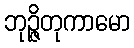
ဘုဉ္ဇိတုကာမော